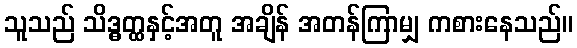
သူသည် သိဒ္ဓတ္ထနှင့်အတူ အချိန် အတန်ကြာမျှ ကစားနေသည်။